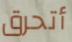
أتحرق